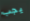
يجب